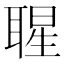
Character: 𦖤